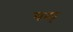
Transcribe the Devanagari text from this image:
परब्र्